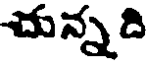
చున్నది